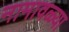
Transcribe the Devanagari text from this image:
नामावळ्या